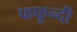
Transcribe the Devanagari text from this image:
फफून्दी